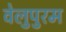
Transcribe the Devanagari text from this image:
वेलुपुरम